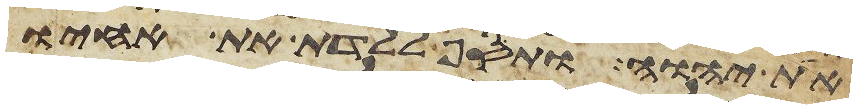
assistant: את יהוה ותסף ללדת את אחיו